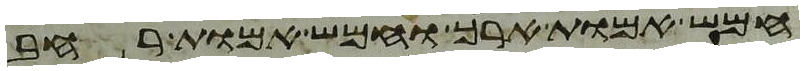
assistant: חמש אמות ארך וחמש אמות רחב